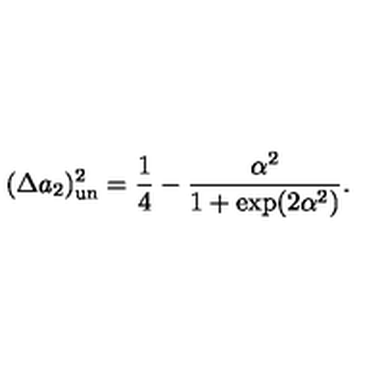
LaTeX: ( \Delta a _ { 2 } ) _ { \mathrm { u n } } ^ { 2 } = \frac { 1 } { 4 } - \frac { \alpha ^ { 2 } } { 1 + \exp ( 2 \alpha ^ { 2 } ) } .